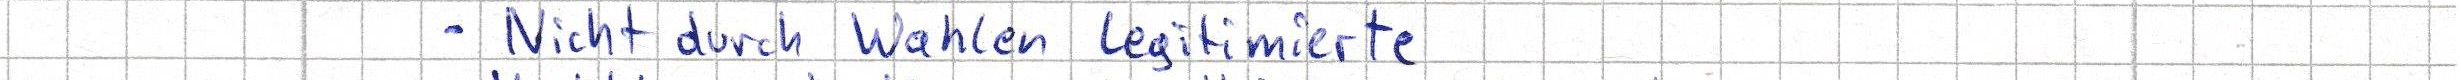
- Nicht durch Wahlen legitimierte